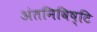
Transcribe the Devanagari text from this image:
अंतनिविष्टि